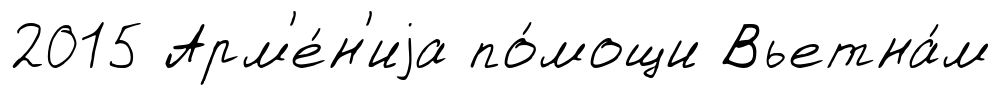
2015 Арм'е́н'иjа по́мощи Вьетна́м